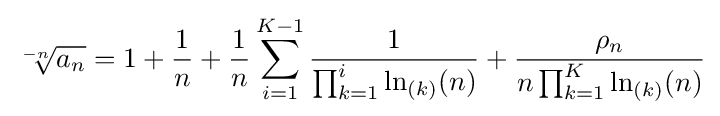
{\sqrt[{-n}]{a_{n}}}=1+{\frac {1}{n}}+{\frac {1}{n}}\sum _{i=1}^{K-1}{\frac {1}{\prod _{k=1}^{i}\ln _{(k)}(n)}}+{\frac {\rho _{n}}{n\prod _{k=1}^{K}\ln _{(k)}(n)}}